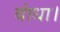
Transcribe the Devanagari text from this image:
बांधा।